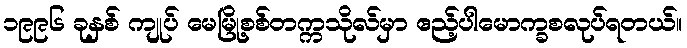
၁၉၉၆ ခုနှစ် ကျုပ် မေမြို့စစ်တက္ကသိုလ်မှာ ဧည့်ပါမောက္ခစလုပ်ရတယ်။